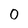
Character: 0